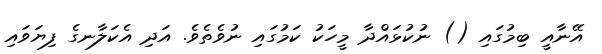
އޭނާއީ ބިމުގައި () ނުކުޅައްދާ މީހަކު ކަމުގައި ނުވެތެވެ. އަދި އެކަލާާނގެ ފިޔަވައި